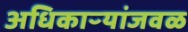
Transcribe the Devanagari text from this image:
अधिकाऱ्यांजवळ